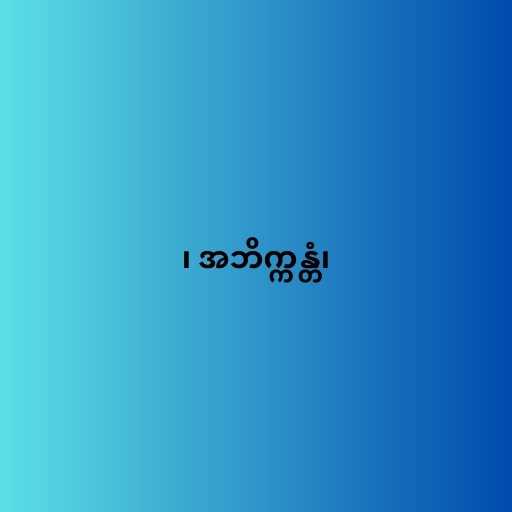
၊ အဘိက္ကန္တံ၊